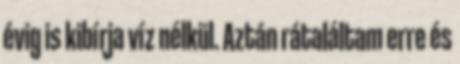
évig is kibírja víz nélkül. Aztán rátaláltam erre és